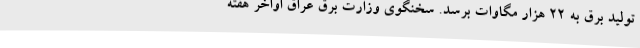
تولید برق به ۲۲ هزار مگاوات برسد. سخنگوی وزارت برق عراق اواخر هفته